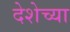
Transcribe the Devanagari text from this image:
देशेच्या